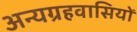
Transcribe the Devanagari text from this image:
अन्यग्रहवासियों